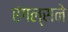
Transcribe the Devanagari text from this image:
एंगल्सने